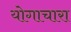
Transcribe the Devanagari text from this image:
योगाचारा